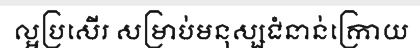
ល្អប្រសើរ សម្រាប់មនុស្សជំនាន់ក្រោយ